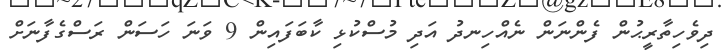
ދިވެހިތާރީޙުން ފެންނަން ނެއްހިނދު އަދި މުސްކުޅި ކާބަފައިން 9 ވަނަ ހަސަން ރަސްގެފާނަށް